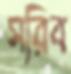
সরিব